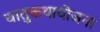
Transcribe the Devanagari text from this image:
धातुकथायोजना